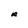
Character: R